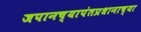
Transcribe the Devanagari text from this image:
जपानच्यापंतप्रधानाच्या